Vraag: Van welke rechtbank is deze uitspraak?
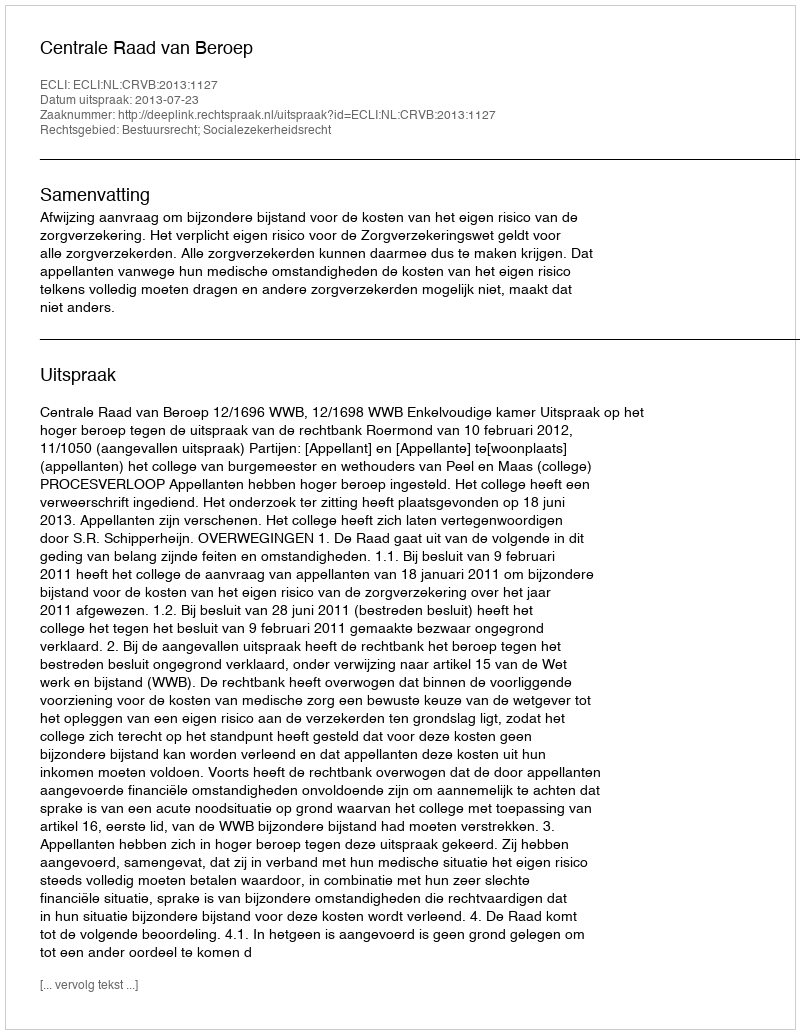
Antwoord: Centrale Raad van Beroep